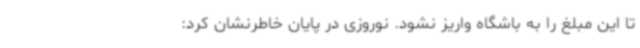
تا این مبلغ را به باشگاه واریز نشود. نوروزی در پایان خاطرنشان کرد: